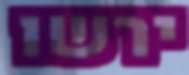
ירשו